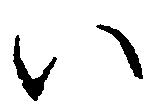
い